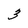
Character: 3